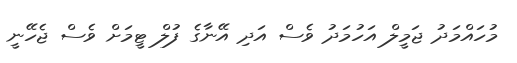
މުހައްމަދު ޖަމީލް އަހުމަދު ވެސް އަދި އޭނާގެ ފުލް ޓީމަށް ވެސް ޖެހޭނީ